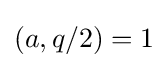
(a,q/2)=1